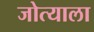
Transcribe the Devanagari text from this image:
जोत्याला